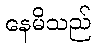
နေမိသည်